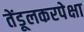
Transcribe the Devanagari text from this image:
तेंडूलकरपेक्षा